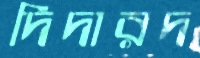
দিদারদ